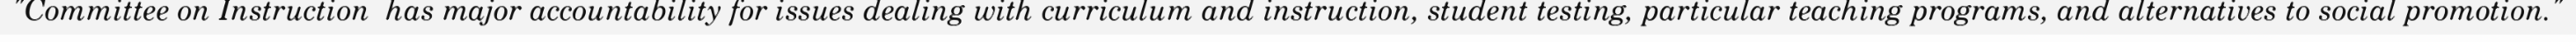
"Committee on Instruction  has major accountability for issues dealing with curriculum and instruction, student testing, particular teaching programs, and alternatives to social promotion."